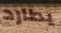
يطارد